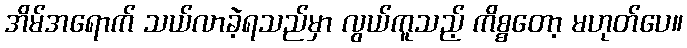
အိမ်အရောက် သယ်လာခဲ့ရသည်မှာ လွယ်ကူသည့် ကိစ္စတော့ မဟုတ်ပေ။